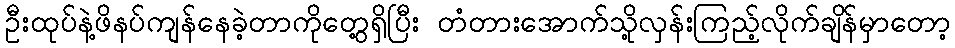
ဦးထုပ်နဲ့ဖိနပ်ကျန်နေခဲ့တာကိုတွေ့ရှိပြီး တံတားအောက်သို့လှန်းကြည့်လိုက်ချိန်မှာတော့